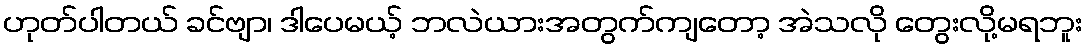
ဟုတ်ပါတယ် ခင်ဗျာ၊ ဒါပေမယ့် ဘလဲယားအတွက်ကျတော့ အဲသလို တွေးလို့မရဘူး